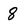
Character: 8